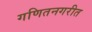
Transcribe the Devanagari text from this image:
गणितनगरीत